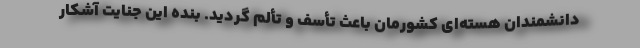
دانشمندان هسته‌ای کشورمان باعث تأسف و تألم گردید. بنده این جنایت آشکار